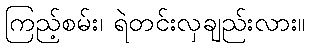
ကြည့်စမ်း၊ ရဲတင်းလှချည်းလား။